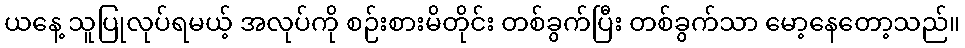
ယနေ့ သူပြုလုပ်ရမယ့် အလုပ်ကို စဉ်းစားမိတိုင်း တစ်ခွက်ပြီး တစ်ခွက်သာ မော့နေတော့သည်။